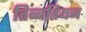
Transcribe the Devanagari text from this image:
तिब्‍बतियन